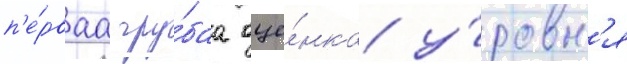
п'е́рваа гру́баа оце́нка у́ровн'я